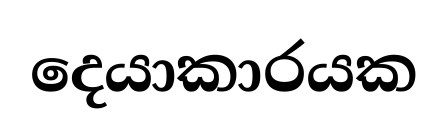
දෙයාකාරයක